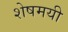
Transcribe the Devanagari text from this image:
शेषमयी